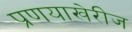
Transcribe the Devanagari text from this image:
प्रणयाखेरीज